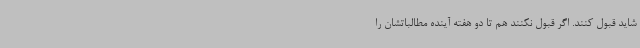
شاید قبول کنند. اگر قبول نکنند هم تا دو هفته آینده مطالباتشان را